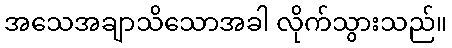
အသေအချာသိသောအခါ လိုက်သွားသည်။